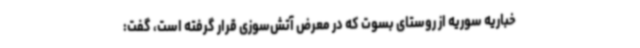
خباریه سوریه از روستای بسوت که در معرض آتش‌سوزی قرار گرفته است، گفت: